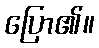
ပြော၏။